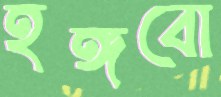
হঙ্গবো